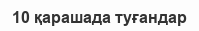
10 қарашада туғандар